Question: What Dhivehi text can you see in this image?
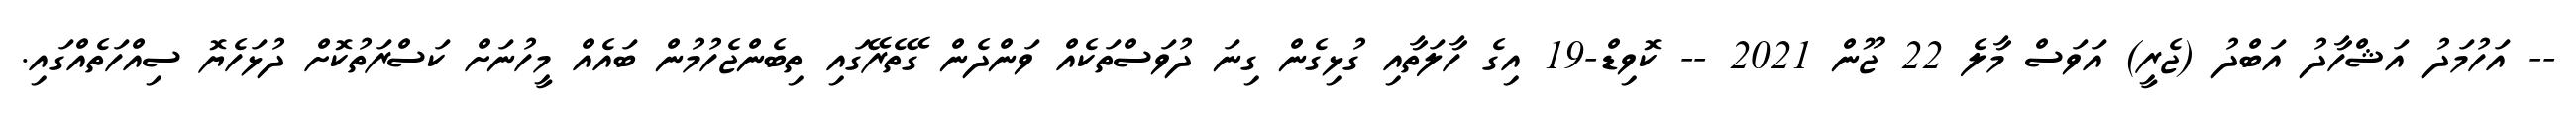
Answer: -- އަހުމަދު އަޝްހާދު އަބްދު (ޖެރީ) އަވަސް މާލެ 22 ޖޫން 2021 -- ކޮވިޑް-19 އިގެ ހާލަތާއި ގުޅިގެން ގިނަ ދުވަސްތަކެއް ވަންދެން ގޭތެރޭގައި ތިބެންޖެހުމުން ބައެއް މީހުނަށް ކަސްރަތުކޮށް ދުޅަހެޔޮ ސިއްހަތެއްގައި.